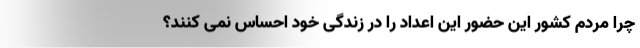
چرا مردم کشور این حضور این اعداد را در زندگی خود احساس نمی­ کنند؟